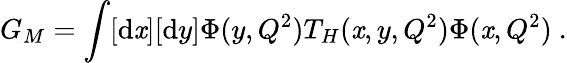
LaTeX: G_{M}=\int[\mathrm{d}\mathit{x}][\mathrm{d}y]\Phi(y,Q^{2})T_{H}(\mathit{x},y,Q^{2})\Phi(\mathit{x},Q^{2})\ .